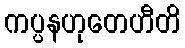
ကပ္ပနဟုတေဟီတိ